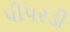
પીપરડી